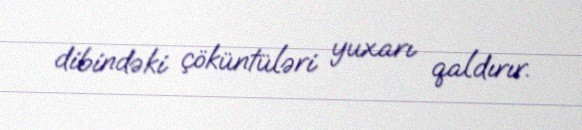
dibindəki çöküntüləri yuxarı qaldırır.